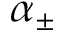
\alpha _ { \pm }